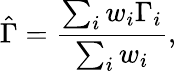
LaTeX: \hat{\Gamma}=\frac{\sum_{i}w_{i}\Gamma_{i}}{\sum_{i}w_{i}},